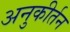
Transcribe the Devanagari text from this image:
अनुकीर्तन